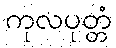
ကုလပုတ္တံ